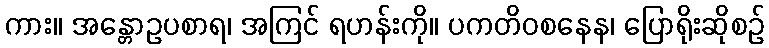
ကား။ အန္တောဥပစာရ၊ အကြင် ရဟန်းကို။ ပကတိဝစနေန၊ ပြောရိုးဆိုစဉ်